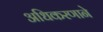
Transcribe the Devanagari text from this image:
अधिकरणाने